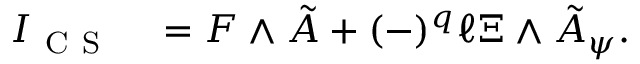
\begin{array} { r l } { I _ { \mathrm { ~ C ~ S ~ } } } & { { } = F \wedge \tilde { A } + ( - ) ^ { q } \ell \Xi \wedge \tilde { A } _ { \psi } . } \end{array}